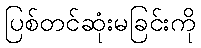
ပြစ်တင်ဆုံးမခြင်းကို